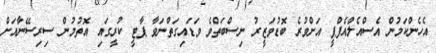
އެހެންކަމުން އެސްއެލްއެފްޕީ އަށްވުރެ ބޮޑުވަޒީރު ނިސްބަތްވެ ވަޑައިގަތްނަވާ ޕާޓީ ކުރީގައި އޮތުމުން ސިރިސޭނާއަށް